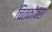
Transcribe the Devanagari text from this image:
चितकोबरा